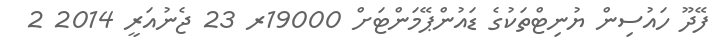
ފޭދޫ ހައުސިން ޔުނިޓްތަކުގެ ޑައުންޕޭމަންޓަށް 19000ރ 23 ޖެނުއަރީ 2014 2